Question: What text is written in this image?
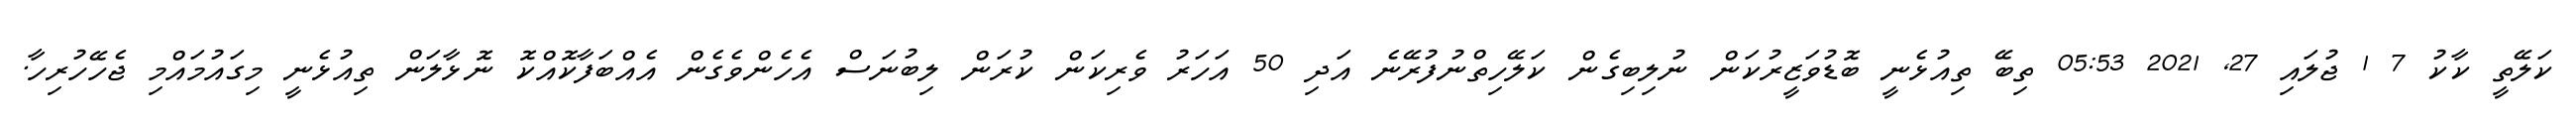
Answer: ކަލޭތީ ކާކު 7 1 ޖުލައި 27, 2021 05:53 ތިބޭ ތިއުޅެނީ ބޮޑުވަޒީރުކަން ނުލިބިގެން ކަލޭހިތްނުފުރޭނެ އަދި 50 އަހަރު ވެރިކަން ކުރަން ލިބުނަސް އެހެންވެގެން އެއްބަފާކޮއްކޮ ނޮޅާލަން ތިއުޅެނީ މިގައުމައްމި ޖެހޭހުރިހާ.